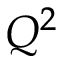
Q ^ { 2 }